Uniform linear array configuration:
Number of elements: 24
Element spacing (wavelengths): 0.5
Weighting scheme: blackman
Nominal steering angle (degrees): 45
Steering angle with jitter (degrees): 43.804
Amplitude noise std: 0.05
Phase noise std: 0.05

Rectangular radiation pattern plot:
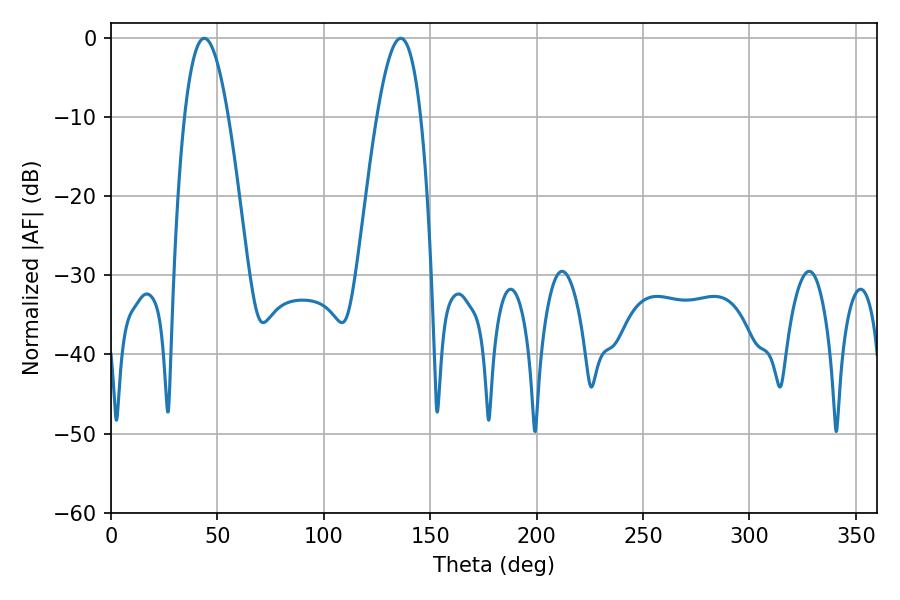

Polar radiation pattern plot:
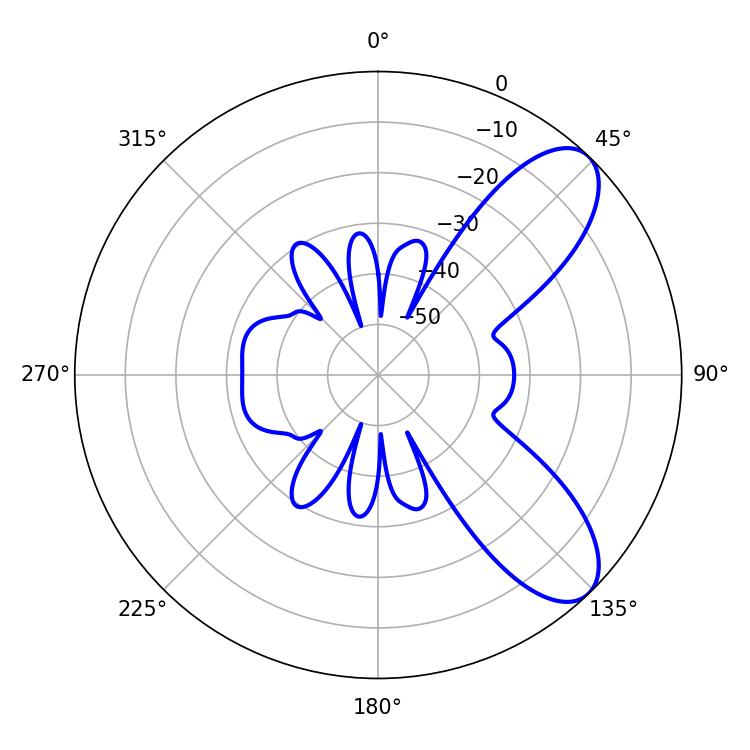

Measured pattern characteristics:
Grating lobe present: FALSE
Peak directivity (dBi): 8.309
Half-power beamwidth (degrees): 11.16
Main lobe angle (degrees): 43.92